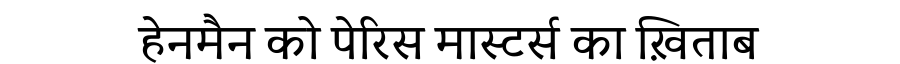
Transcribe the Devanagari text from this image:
हेनमैन को पेरिस मास्टर्स का ख़िताब